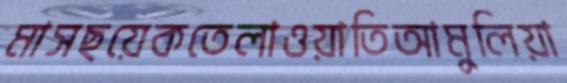
মাসছয়েকতেলাওয়াতিআমুলিয়া